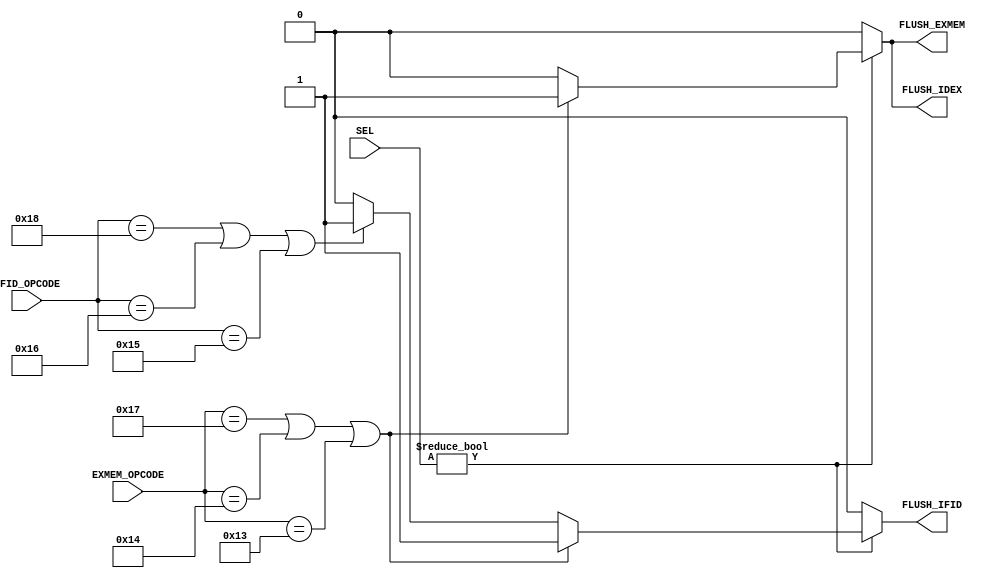
module BRANCH (
	output reg			FLUSH_IFID,
	output reg			FLUSH_IDEX,
	output reg			FLUSH_EXMEM,
	input 		[1:0]	SEL,
	input 		[4:0]	IFID_OPCODE,
	input 		[4:0]	EXMEM_OPCODE
	);
	
	parameter 	j		= 5'b10111,
				be 		= 5'b10100,
				bne 	= 5'b10011,
				jr 		= 5'b11000,
				ber    	= 5'b10110,
				bner	= 5'b10101;

/*TODO: revise code, dapat mag-agad sa SEL sa PC gikan sa JPBR_CONTROL*/

always @(*)
	if (SEL != 0)
		if (EXMEM_OPCODE == j || EXMEM_OPCODE == be || EXMEM_OPCODE == bne)
			begin
			FLUSH_IFID 	= 1;
			FLUSH_IDEX 	= 1;
			FLUSH_EXMEM = 1;
			end
		else if (IFID_OPCODE == jr || IFID_OPCODE == ber || IFID_OPCODE == bner)
			begin
			FLUSH_IFID 	= 1;
			FLUSH_IDEX 	= 0;
			FLUSH_EXMEM = 0;
			end
		else 
			begin
			FLUSH_IFID 	= 0;
			FLUSH_IDEX 	= 0;
			FLUSH_EXMEM = 0;
			end
	else 
		begin
		FLUSH_IFID 	= 0;
		FLUSH_IDEX 	= 0;
		FLUSH_EXMEM = 0;
		end

endmodule